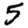
Digit: 5